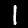
Digit: 1